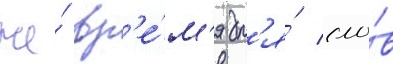
же́ вр'е́м'я дл'я́ сло́в